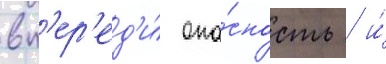
вп'ер'ед'и́ опа́сность / и́